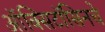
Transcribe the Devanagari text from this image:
ऑक्सिटॉसिनचे